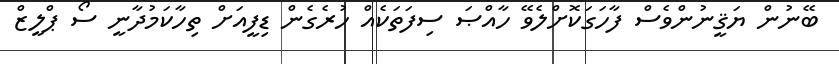
ބޭނުން ޔަޤީނުންވެސް ފާހަގަކޮށްލެވޭ ހާއްޞަ ސިފަތަކެއް ހުރެގެން ޑިފީއަށް ތިހާކަމުދާނީ ސޯ ޕްލީޒް